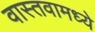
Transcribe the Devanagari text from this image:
वास्तवामध्ये